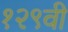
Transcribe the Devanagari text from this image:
१२९वी